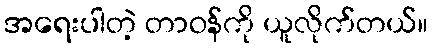
အရေးပါတဲ့ တာဝန်ကို ယူလိုက်တယ်။